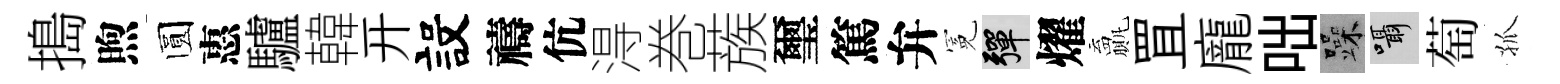
搗煦圆惠驢韓开設禱伉淂巻蔟璽篤弁冕彈燿贏罝龐咄躁囁萄孤